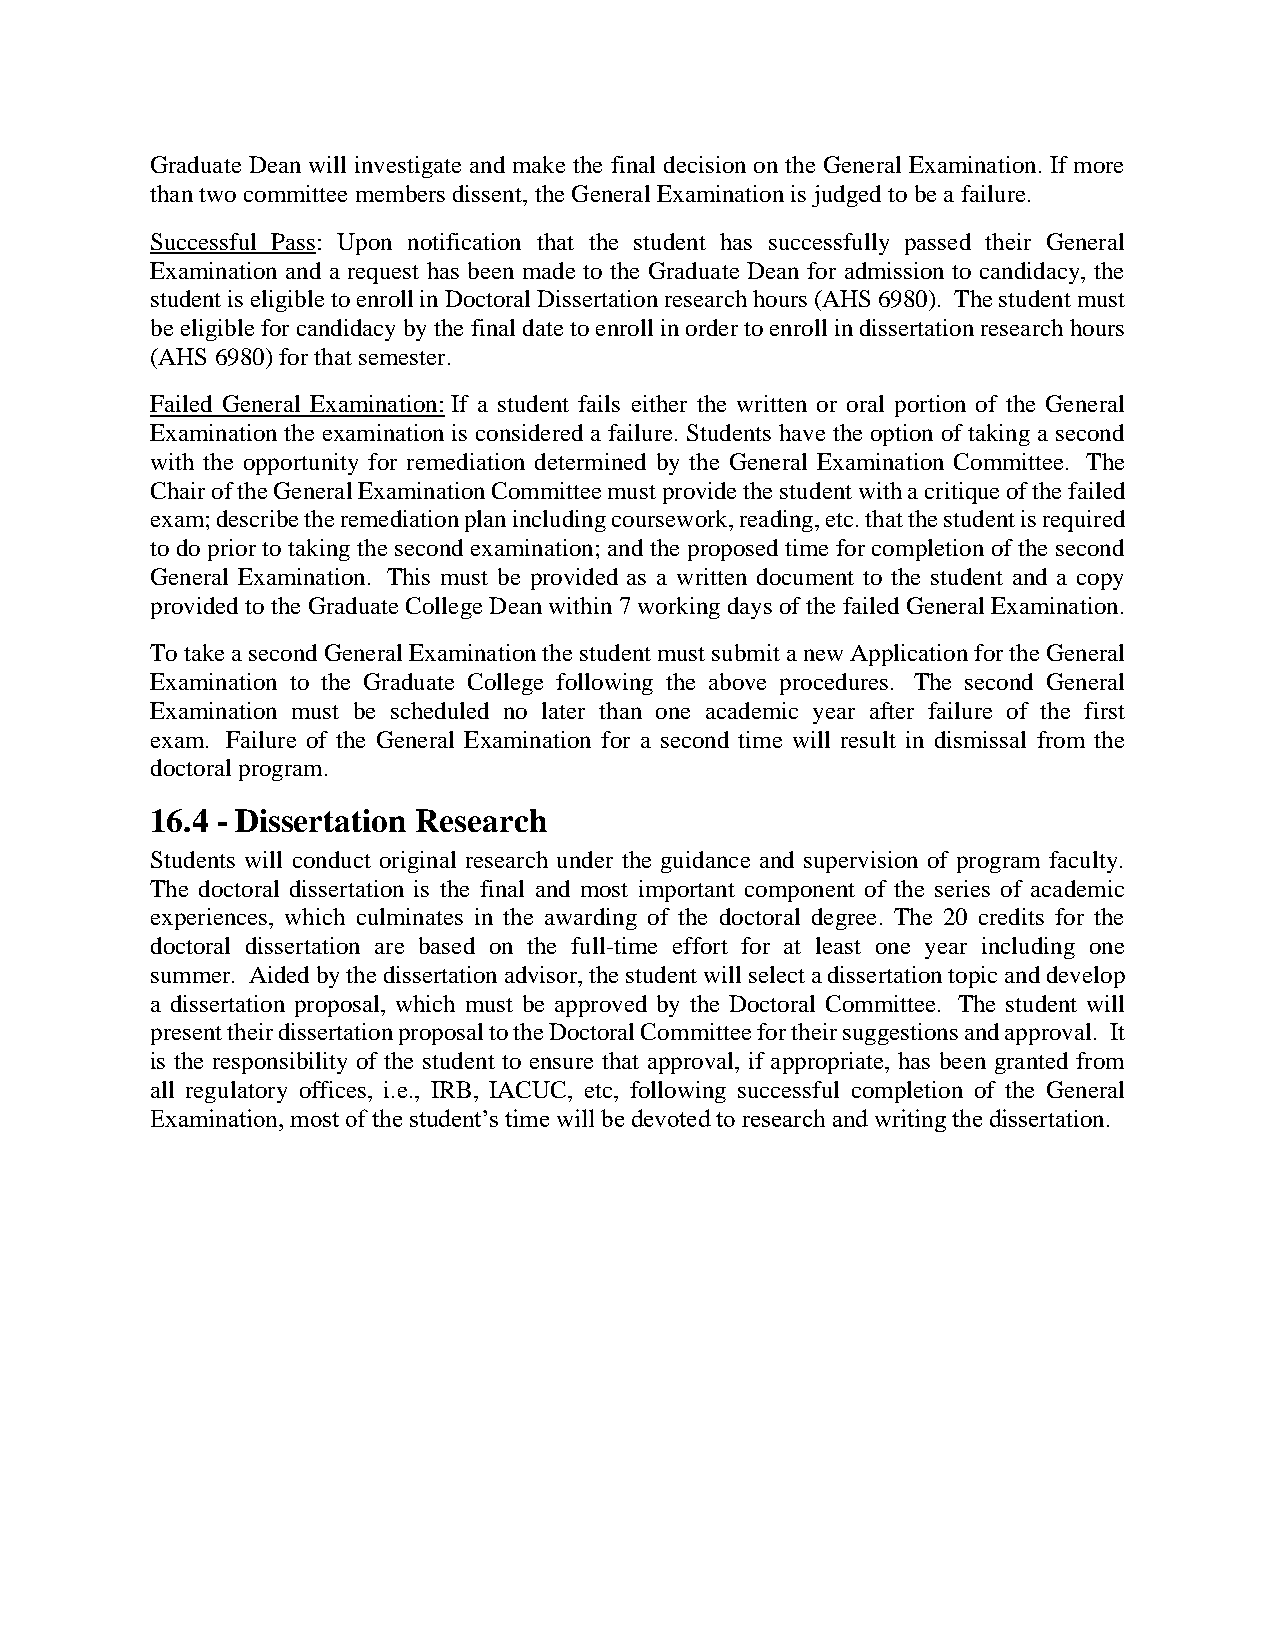
Graduate Dean will investigate and make the final decision on the General Examination. If more
 than two committee members dissent, the General Examination is judged to be a failure.
 Successful Pass: Upon notification that the student has successfully passed their General
 Examination and a request has been made to the Graduate Dean for admission to candidacy, the
 student is eligible to enroll in Doctoral Dissertation research hours (AHS 6980). The student must
 be eligible for candidacy by the final date to enroll in order to enroll in dissertation research hours
 (AHS 6980) for that semester.
 Failed General Examination: If a student fails either the written or oral portion of the General
 Examination the examination is considered a failure. Students have the option of taking a second
 with the opportunity for remediation determined by the General Examination Committee. The
 Chair of the General Examination Committee must provide the student with a critique of the failed
 exam; describe the remediation plan including coursework, reading, etc. that the student is required
 to do prior to taking the second examination; and the proposed time for completion of the second
 General Examination. This must be provided as a written document to the student and a copy
 provided to the Graduate College Dean within 7 working days of the failed General Examination.
 To take a second General Examination the student must submit a new Application for the General
 Examination to the Graduate College following the above procedures. The second General
 Examination must be scheduled no later than one academic year after failure of the first
 exam. Failure of the General Examination for a second time will result in dismissal from the
 doctoral program.
 16.4 - Dissertation Research
 Students will conduct original research under the guidance and supervision of program faculty.
 The doctoral dissertation is the final and most important component of the series of academic
 experiences, which culminates in the awarding of the doctoral degree. The 20 credits for the
 doctoral dissertation are based on the full-time effort for at least one year including one
 summer. Aided by the dissertation advisor, the student will select a dissertation topic and develop
 a dissertation proposal, which must be approved by the Doctoral Committee. The student will
 present their dissertation proposal to the Doctoral Committee for their suggestions and approval. It
 is the responsibility of the student to ensure that approval, if appropriate, has been granted from
 all regulatory offices, i.e., IRB, IACUC, etc, following successful completion of the General
 Examination, most of the student’s time will be devoted to research and writing the dissertation.